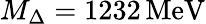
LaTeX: M_{\Delta}=1232\, \mathrm{MeV}